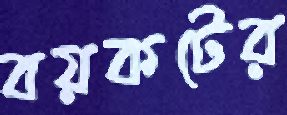
বয়কটের